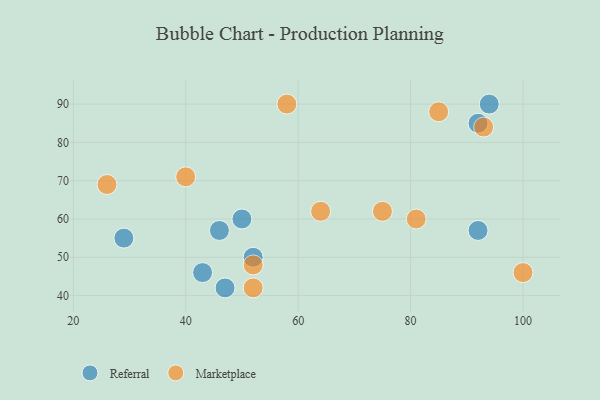
{"axis": {"x": "GDP", "y": "Life Expectancy"}, "legend": ["Marketplace", "Referral"], "data": [{"x": "46", "y": 57, "type": "Referral"}, {"x": "92", "y": 57, "type": "Referral"}, {"x": "92", "y": 85, "type": "Referral"}, {"x": "50", "y": 60, "type": "Referral"}, {"x": "94", "y": 90, "type": "Referral"}, {"x": "52", "y": 50, "type": "Referral"}, {"x": "47", "y": 42, "type": "Referral"}, {"x": "29", "y": 55, "type": "Referral"}, {"x": "43", "y": 46, "type": "Referral"}, {"x": "85", "y": 88, "type": "Marketplace"}, {"x": "58", "y": 90, "type": "Marketplace"}, {"x": "75", "y": 62, "type": "Marketplace"}, {"x": "52", "y": 48, "type": "Marketplace"}, {"x": "93", "y": 84, "type": "Marketplace"}, {"x": "40", "y": 71, "type": "Marketplace"}, {"x": "52", "y": 42, "type": "Marketplace"}, {"x": "100", "y": 46, "type": "Marketplace"}, {"x": "81", "y": 60, "type": "Marketplace"}, {"x": "64", "y": 62, "type": "Marketplace"}, {"x": "26", "y": 69, "type": "Marketplace"}]}